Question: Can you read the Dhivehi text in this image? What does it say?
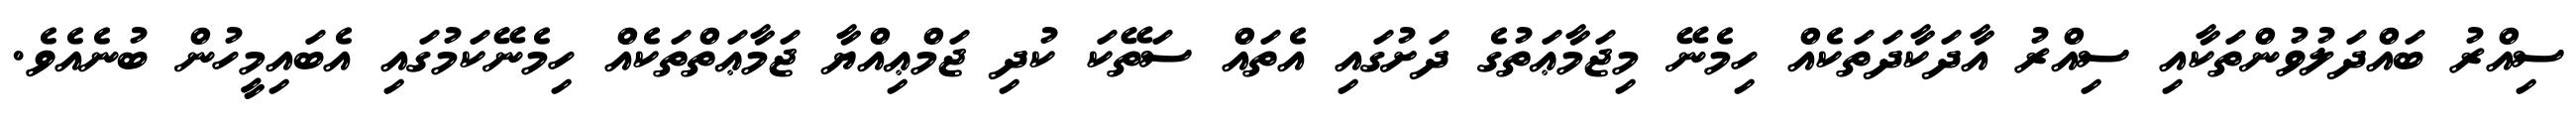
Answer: ސިއްރު ބައްދަލުވުންތަކާއި ސިއްރު އާދަކާދަތަކެއް ހިމެނޭ މިޖަމާޢަތުގެ ދަށުގައި އެތައް ސަތޭކަ ކުދި ޖަމްޢިއްޔާ ޖަމާޢަތްތަކެއް ހިމެނޭކަމުގައި އެބައިމީހުން ބުނެއެވެ.